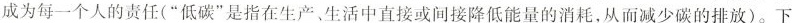
成为每一个人的责任(”低碳”是指在生产、生活中直接或间接降低能量的消耗，从而减少碳的排放)。下